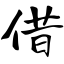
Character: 借